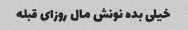
خیلی بده نونش مال روزای قبله